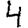
Digit: 4